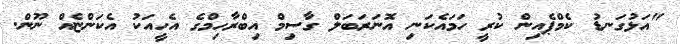
"އަޅުގަނޑު ކެމްޕެއިން ކުރީ ހަމައެކަނި އޮނަރަބަލް ގާސިމް އިބްރާހިމްގެ އެހީއަކު އެކަންޏެއް ނޫން.